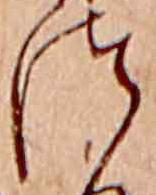
つ